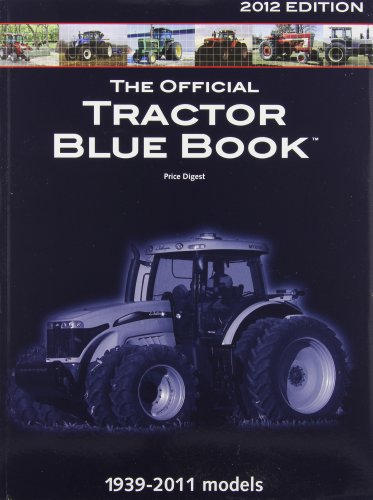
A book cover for The Official Tractor Blue Book 2012; Crafts, Hobbies & Home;